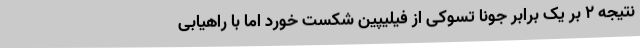
نتیجه ۲ بر یک برابر جونا تسوکی از فیلیپین شکست خورد اما با راهیابی